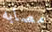
مصابه